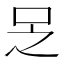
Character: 𠯣